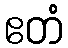
ဧတံ